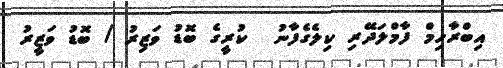
އިބްރާހިމް ފާމްލަދޭރި ކިލެގެފާނު  ކުރީގެ ބޮޑު ވަޒިރު / ބޮޑު ވަޒީރު